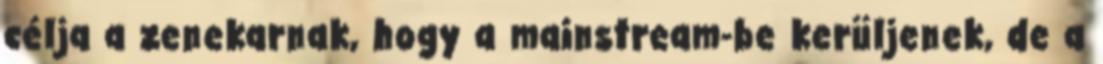
célja a zenekarnak, hogy a mainstream-be kerüljenek, de a